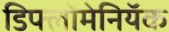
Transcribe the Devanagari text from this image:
डिफ्लोमेनियॅक